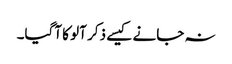
نہ جانے کیسے ذکر آلو کا آگیا۔